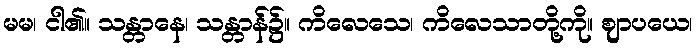
မမ၊ ငါ၏။ သန္တာနေ၊ သန္တာန်၌။ ကိလေသေ၊ ကိလေသာတို့ကို။ ဈာပယေ၊